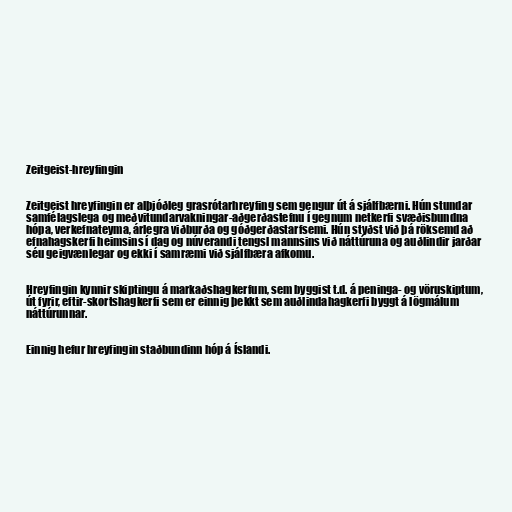
Zeitgeist-hreyfingin

Zeitgeist hreyfingin er alþjóðleg grasrótarhreyfing sem gengur út á sjálfbærni. Hún stundar
samfélagslega og meðvitundarvakningar-aðgerðastefnu í gegnum netkerfi svæðisbundna
hópa, verkefnateyma, árlegra viðburða og góðgerðastarfsemi. Hún styðst við þá röksemd að
efnahagskerfi heimsins í dag og núverandi tengsl mannsins við náttúruna og auðlindir jarðar
séu geigvænlegar og ekki í samræmi við sjálfbæra afkomu.

Hreyfingin kynnir skiptingu á markaðshagkerfum, sem byggist t.d. á peninga- og vöruskiptum,
út fyrir, eftir-skortshagkerfi sem er einnig þekkt sem auðlindahagkerfi byggt á lögmálum
náttúrunnar.

Einnig hefur hreyfingin staðbundinn hóp á Íslandi.